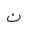
Letter: _non